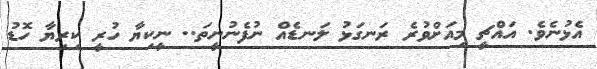
އެޅުނެވެ. އައްޗީ މިއަށްވުރެ ރަނގަޅު ލަނޑެއް ނުފެނުނީތަ.. ނީކިޔާ ހުރީ ކިރިޔާ ހޮޑު